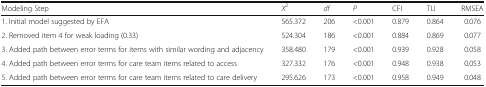
<table><thead><tr><td><b>Modeling Step</b></td><td><b><i>X</i><sup>2</sup></b></td><td><b><i>df</i></b></td><td><b><i>P</i></b></td><td><b>CFI</b></td><td><b>TLI</b></td><td><b>RMSEA</b></td></tr></thead><tbody><tr><td>1. Initial model suggested by EFA</td><td>565.372</td><td>206</td><td>&lt;0.001</td><td>0.879</td><td>0.864</td><td>0.076</td></tr><tr><td>2. Removed item 4 for weak loading (0.33)</td><td>524.304</td><td>186</td><td>&lt;0.001</td><td>0.884</td><td>0.869</td><td>0.077</td></tr><tr><td>3. Added path between error terms for items with similar wording and adjacency</td><td>358.480</td><td>179</td><td>&lt;0.001</td><td>0.939</td><td>0.928</td><td>0.058</td></tr><tr><td>4. Added path between error terms for care team items related to access</td><td>327.332</td><td>176</td><td>&lt;0.001</td><td>0.948</td><td>0.938</td><td>0.053</td></tr><tr><td>5. Added path between error terms for care team items related to care delivery</td><td>295.626</td><td>173</td><td>&lt;0.001</td><td>0.958</td><td>0.949</td><td>0.048</td></tr></tbody></table>